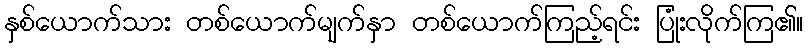
နှစ်ယောက်သား တစ်ယောက်မျက်နှာ တစ်ယောက်ကြည့်ရင်း ပြုံးလိုက်ကြ၏။